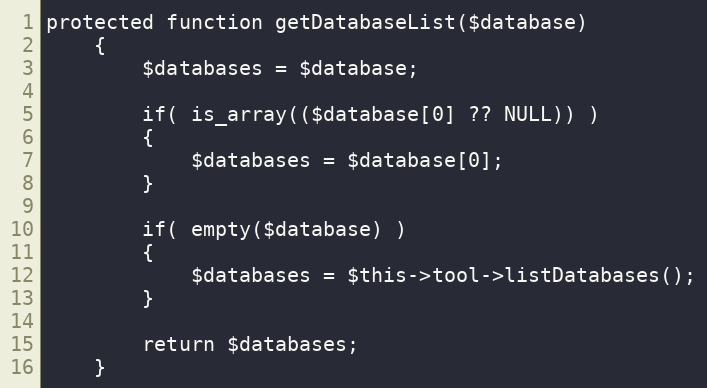
Language: PHP
protected function getDatabaseList($database)
    {
        $databases = $database;

        if( is_array(($database[0] ?? NULL)) )
        {
            $databases = $database[0];
        }

        if( empty($database) )
        {
            $databases = $this->tool->listDatabases();
        }

        return $databases;
    }